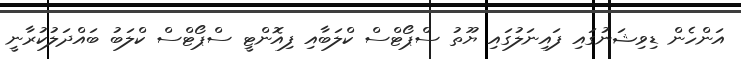
އަންހެން ޑިވިޝަނުގައި ފައިނަލުގައި ޔޫތު ސްޕޯޓްސް ކްލަބާއި ފިއޮންޓީ ސްޕޯޓްސް ކްލަބު ބައްދަލުކުރާނީ